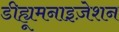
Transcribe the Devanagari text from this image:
डीह्यूमनाइज़ेशन